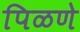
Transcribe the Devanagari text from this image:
पिळणे